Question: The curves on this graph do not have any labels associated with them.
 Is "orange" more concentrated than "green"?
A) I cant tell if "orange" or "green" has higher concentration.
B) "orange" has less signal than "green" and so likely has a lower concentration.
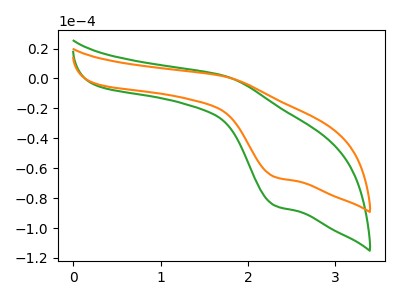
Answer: <think>The green curve "green" has an anodic peak at (1.75V, 1.70uA) and a cathodic peak at (2.30V, -84.95uA). The orange curve "orange" has an anodic peak at (1.75V, 1.30uA) and a cathodic peak at (2.30V, -65.80uA).
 All the peaks in "orange" have a peak in "green" at the same potential. Every peak in "orange" is lower than every peak in "green".</think>
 <answer>B) "orange" has less signal than "green" and so likely has a lower concentration.</answer>
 <eval>B</eval>